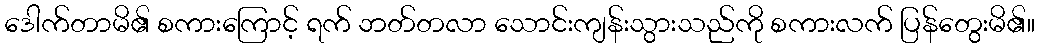
ဒေါက်တာမိ၏ စကားကြောင့် ရက် ဘတ်တလာ သောင်းကျန်းသွားသည်ကို စကားလက် ပြန်တွေးမိ၏။